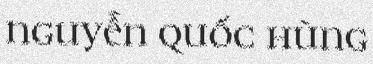
nguyễn quốc hùng